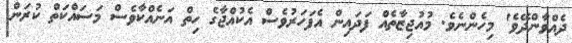
ދެއްވާންދޭވެ' މިހެންނެވެ. މުއުޖިޒާތެއް ފަދައިން އެފަހަރުވެސް އެކުއްޖާގެ ހިތް އަނެއްކާވެސް މަސައްކަތް ކުރަން